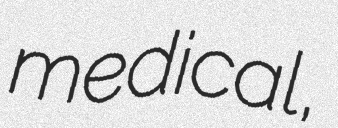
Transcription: medical,